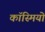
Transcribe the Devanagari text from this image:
कॉस्मियो